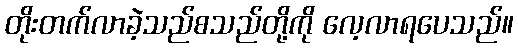
တိုးတက်လာခဲ့သည်စသည်တို့ကို လေ့လာရပေသည်။